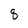
Character: q